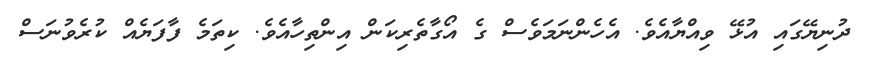
ދުނިޔޭގައި އުޅޭ ވިއްޔާއެވެ. އެހެންނަމަވެސް ގެ އޯގާތެރިކަން އިންތިހާއެވެ. ކިތަމެ ފާފަޔެއް ކުރެވުނަސް